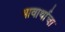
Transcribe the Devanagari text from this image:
भावार्थाचा